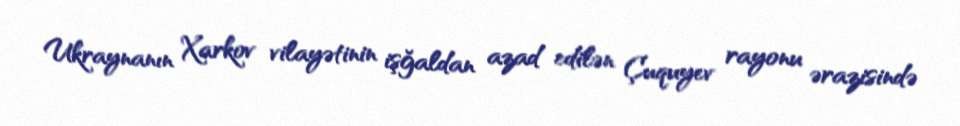
Ukraynanın Xarkov vilayətinin işğaldan azad edilən Çuquyev rayonu ərazisində